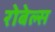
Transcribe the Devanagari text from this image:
रोबेल्‍स